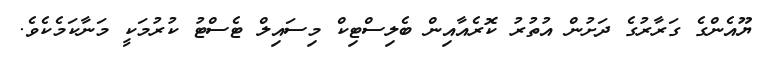
ޔޫއެންގެ ގަރާރުގެ ދަށުން އުތުރު ކޮރެއާއިން ބެލިސްޓިކް މިސައިލް ޓެސްޓު ކުރުމަކީ މަނާކަމެކެވެ.